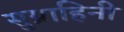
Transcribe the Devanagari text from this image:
सुग्राहिनी